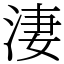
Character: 淒